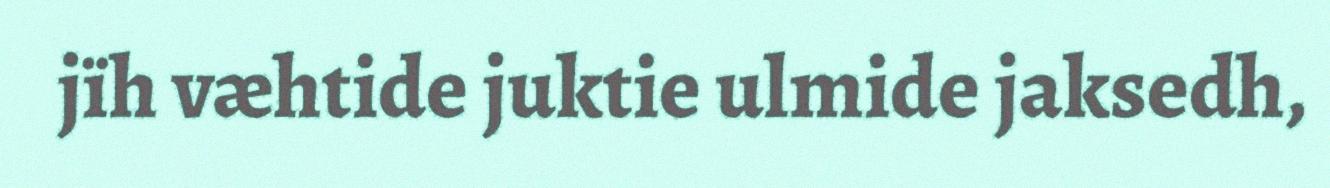
jïh væhtide juktie ulmide jaksedh,